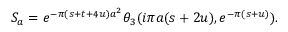
S _ { a } = e ^ { - \pi ( s + t + 4 u ) a ^ { 2 } } \theta _ { 3 } ( i \pi a ( s + 2 u ) , e ^ { - \pi ( s + u ) } ) .